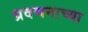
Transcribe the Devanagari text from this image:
प्रवचनाच्या